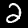
Label: 2